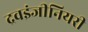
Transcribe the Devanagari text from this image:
द्रवइंजीनियरी